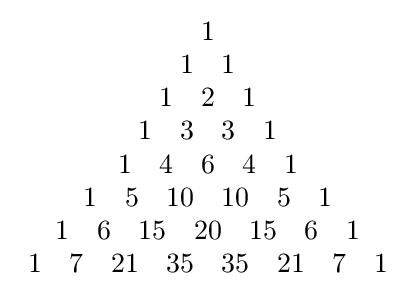
{\begin{array}{c}1\\1\quad 1\\1\quad 2\quad 1\\1\quad 3\quad 3\quad 1\\1\quad 4\quad 6\quad 4\quad 1\\1\quad 5\quad 10\quad 10\quad 5\quad 1\\1\quad 6\quad 15\quad 20\quad 15\quad 6\quad 1\\1\quad 7\quad 21\quad 35\quad 35\quad 21\quad 7\quad 1\end{array}}